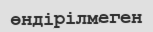
өндірілмеген